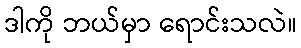
ဒါကို ဘယ်မှာ ရောင်းသလဲ။